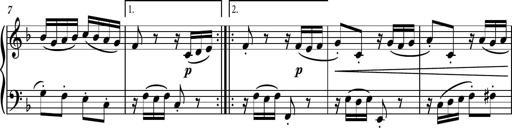
Title: Piano Sonatina II
Composer: Dimitri Sykias
Key: F major